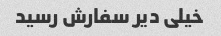
خیلی دیر سفارش رسید